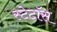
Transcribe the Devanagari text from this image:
स्टेटॉस